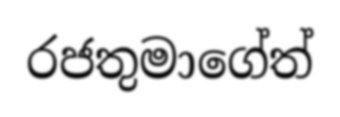
රජතුමාගේත්